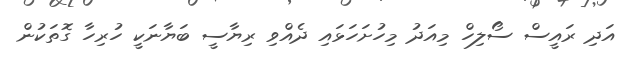
އަދި ރައީސް ސޯލިހް މިއަދު މިހުށަހަޅައި ދެއްވި ރިޔާސީ ބަޔާނަކީ ހުރިހާ ގޮތަކުން